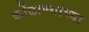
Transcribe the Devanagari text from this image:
कोंढाण्याच्या